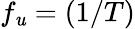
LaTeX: f_{\mathit{u}}=(1/T)